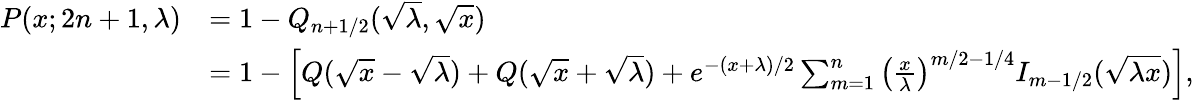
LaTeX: {\begin{array}{rl}{P(x;2n+1,\lambda)}&{=1-Q_{n+1/2}({\sqrt{\lambda}},{\sqrt{x}})}\\ &{=1-\left[Q({\sqrt{x}}-{\sqrt{\lambda}})+Q({\sqrt{x}}+{\sqrt{\lambda}})+e^{-(x+\lambda)/2}\sum_{m=1}^{n}\left({\frac{x}{\lambda}}\right)^{m/2-1/4}I_{m-1/2}({\sqrt{\lambda x}})\right],}\end{array}}